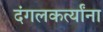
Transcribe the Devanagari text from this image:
दंगलकर्त्यांना